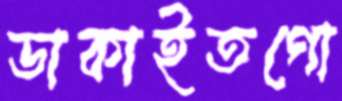
ডাকাইতগো